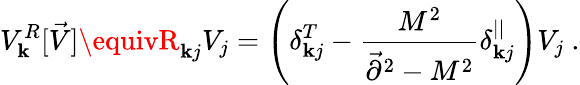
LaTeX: V_{\mathbf{k}}^{R}[\vec{{V}}]\equivR_{\mathbf{k}j}V_{j}=\left(\delta_{\mathbf{k}j}^{T}-{\frac{{M^{2}}}{{\vec{{\partial}}^{2}-M^{2}}}}\delta_{\mathbf{k}j}^{||}\right)V_{j}~.